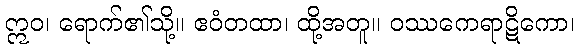
ဣဝ၊ ရောက်၏သို့။ ဧဝံတထာ၊ ထို့အတူ။ ဝဿကေရာဋိကော၊